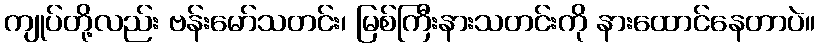
ကျုပ်တို့လည်း ဗန်းမော်သတင်း၊ မြစ်ကြီးနားသတင်းကို နားထောင်နေတာပဲ။